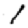
Digit: 1